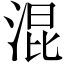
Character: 混